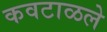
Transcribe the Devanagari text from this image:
कवटाळले